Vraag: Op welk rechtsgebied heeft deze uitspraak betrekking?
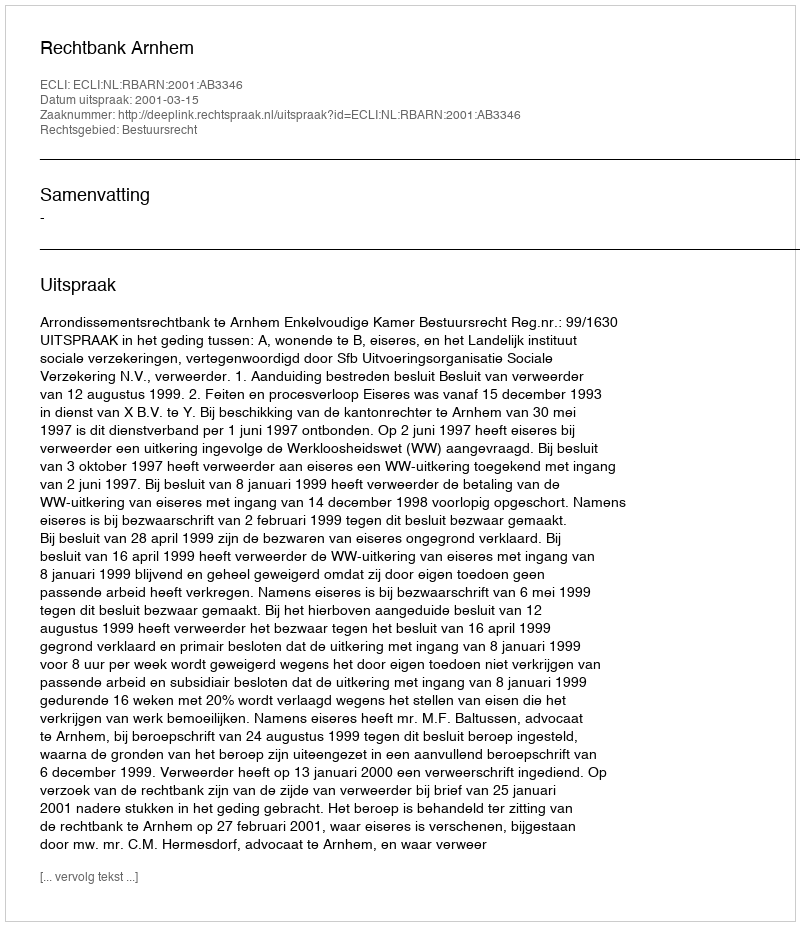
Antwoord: Bestuursrecht